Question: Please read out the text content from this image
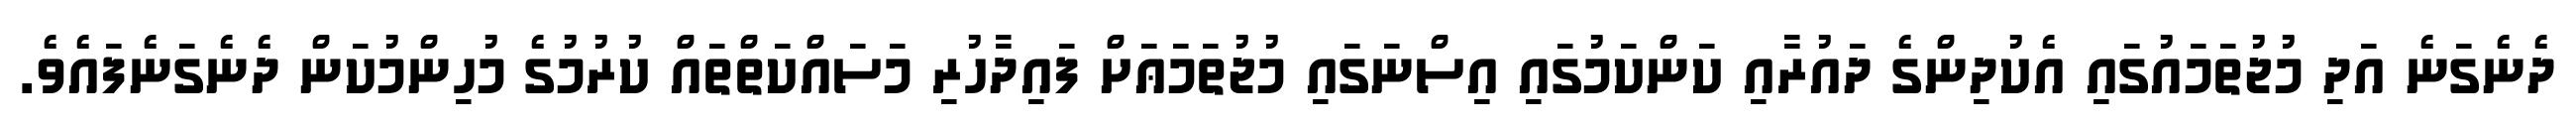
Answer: ދެނެގަނެ އަދި މުޖުތަމައުގައި އެކުދިންގެ ދައުރާއި ކަންކަމުގައި އިސްނަގައި މުޖުތަމަޢަށް ފައިދާހުރި މަސައްކަތްތައް ކުރުމުގެ މުހިންމުކަން ދެނެގަނެފައެވެ.